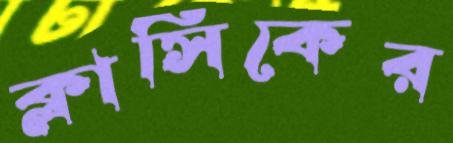
ক্লাসিকের